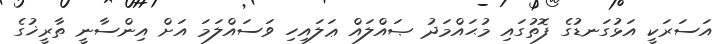
އަސަރަކީ އަޅުގަނޑުގެ ފޮތުގައި މުޙައްމަދު ޞައްލައް ޢަލައިހި ވަސައްލަމަ އަށް އިންސާނީ ތާރީޚުގެ